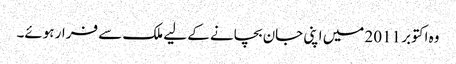
وہ اکتوبر 2011 میں اپنی جان بچانے کے لیے ملک سے فرار ہوئے۔